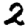
Digit: 2